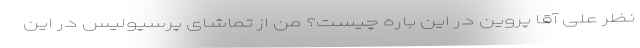
نظر علی ‌آقا پروین در این باره چیست؟ من از تماشای پرسپولیس در این